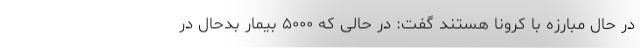
در حال مبارزه با کرونا هستند گفت: در حالی که ۵۰۰۰ بیمار بدحال در